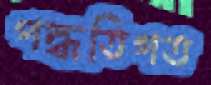
পদ্ধতিগত